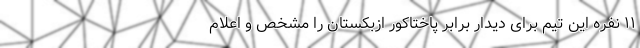
۱۱ نفره این تیم برای دیدار برابر پاختاکور ازبکستان را مشخص و اعلام